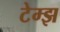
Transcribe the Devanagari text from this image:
टेम्झ